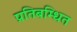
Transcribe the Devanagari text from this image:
प्रतिबम्धित